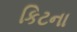
કિટના